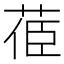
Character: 𦯱